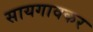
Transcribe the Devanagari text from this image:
सायगावकर